Civil Veterinary Department Bihar & Orissa reports 1929-36 - 1929-1936
Year: 1929
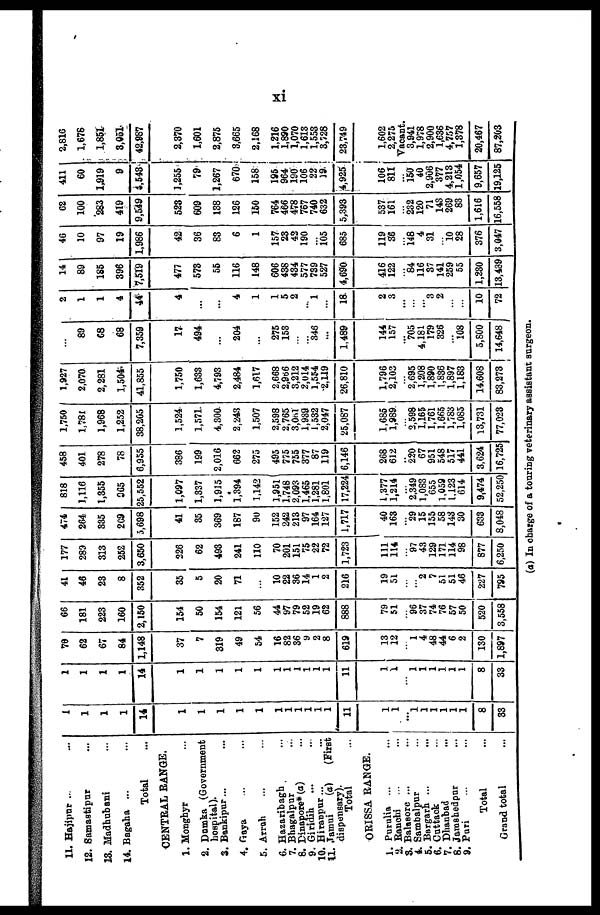
xi
11. Hajipur ... ...
12. Samastipur ...
13. Madhubani ...
14. Bagaha ... ...
Total ...
CENTRAL RANGE.
1. Monghyr ...
2. Dumka (Government
hospital).
3. Bankipur ... ...
4. Gaya ... ...
5. Arrah ... ...
6. Hazaribagh ...
7. Bhagalpur ...
8. Dinapore*(a) ...
9. Giridih ... ...
10. Hiranpur ... ...
11. Jamui (a) (First
dispensary).
Total ...
ORISSA RANGE.
1. Purulia ... ...
2. Ranchi ... ...
3. Balasore ... ...
4. Sambalpur ... ...
5. Bargarh ... ...
6. Cuttack ... ...
7. Dhanbad ... ...
8. Jamshedpar ...
9. Puri ... ...
Total ...
Grand total ...
1
1
1
1
14
1
1
1
1
1
1
1
1
1
1
1
11
1
1
... 1
1
1
1
1
1
8
33
1
1
1
1
14
1
1
1
1
1
1
1
1
1
1
1
11
1
1
...
1
1
1
1
1
1
8
33
70
62
67
84
1,148
37
7
319
49
54
16
82
36
9
2
8
619
13
12
... 1
4
48
44
6
2
130
1,897
66
181
223
160
2,150
154
50
154
121
56
44
97
79
52
19
62
888
79
51
... 96
37
74
76
57
50
520
3,558
41
46
23
8
352
35
5
20
71
...
10
22
36
14
1
2
216
19
51
...
... 2
7
51
51
46
227
795
177
289
313
252
3,650
226
62
493
241
110
70
201
151
75
22
72
1,723
111
114
... 97
43
129
171
114
98
877
6,250
474
264
335
269
5,698
41
35
369
187
90
152
242
213
97
164
127
1,717
40
163
... 29
15
155
58
143
30
633
8,048
818
1,116
1,355
365
25,552
1,097
1,337
1,915
1,394
1,142
1,951
1,748
2,093
1,465
1,281
1,801
17,224
1,377
1,214
... 2,349
1,083
655
1,059
1,123
614
9,474
52,250
458
401
278
78
6,955
386
199
2,016
662
275
495
775
755
377
87
119
6,146
268
612
... 220
67
951
548
517
441
3,624
16,725
1,750
1,781
1,968
1,252
38,205
1,524
1,571
4,300.
2,243
1,507
2,598
2,765
3,00l
1,939
1,532
2,047
25,087
1,685
1,989
... 2,598
1,165
1,761
1,665
1,783
1,085
13,731
77,023
1,927
2,070
2,281
1,504
41,855
1,750
1,633
4,793
2,484
1,617
2,668
2,966
3,212
2,014
1,554
2,119
26,810
1,796
2,103
... 2,695
1,208
1,890
1,836
1,897
1,183
14,608
83,273
...
89
68
68
7,359
17
494
...
204
...
275
153
...
...
346
...
1,489
144
157
... 705
4,181
179
326
... 108
5,800
14,648
2
1
1
4
44
4
...
...
4
1
1
5
2
...
1
...
18.
2
3
...
...
...
3
2
...
...
10
72
14
89
185
396
7,519
477
573
55
116
148
606
438
434
577
739
527
4,690
416
122
... 84
116
37
141
259
55
1,230
13,439
46
10
97
19
1,986
42
36
83
6
1
157
23
42
190
105
685
119
36
... 148
4
31
...
10
28
376
3,047
62
100
283
419
9,549
523
609
138
126
150
764
466
478
767
740
632
5,393
537
161
... 232
120
71
143
269
83
1,616
16,558
411
60
1,919
9
4,543
1,255
79
1,267
670
158
195
964
190
106
22
19
4,925
106
811
... 150
40
2,906
377
4,213
1,054
9,657
19,125
2,816
1,678
1,851
3,051
42,887
2,370
1,601
2,875
3,665
2,168
1,216
1,890
1,070
1,613
1,553
3,728
23,749
1,602
2,275
Vacant.
3,941
1,978
2,900
1,636
4,757
1,378
20,467
87,203
(a) In charge of a touring veterinary assistant surgeon.